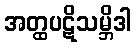
အတ္ထပဋိသမ္ဘိဒါ